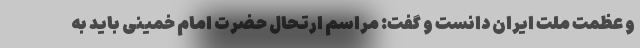
و عظمت ملت ایران دانست و گفت: مراسم ارتحال حضرت امام خمینی باید به